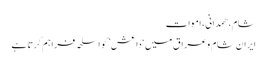
شام، ھمدانی، اموات
ایران شام وعراق میں ‘داعش’ کو اسلحہ فراہم کرتا ہے